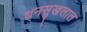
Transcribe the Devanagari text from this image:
धनसुखलाल